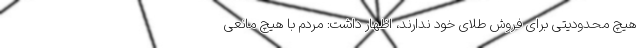
هیچ محدودیتی برای فروش طلای خود ندارند، اظهار داشت: مردم با هیچ مانعی